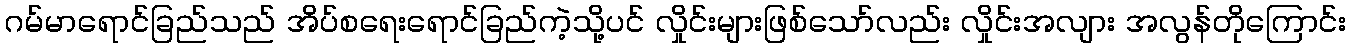
ဂမ်မာရောင်ခြည်သည် အိပ်စရေးရောင်ခြည်ကဲ့သို့ပင် လှိုင်းများဖြစ်သော်လည်း လှိုင်းအလျား အလွန်တိုကြောင်း